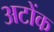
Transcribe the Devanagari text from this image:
अटोंक